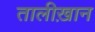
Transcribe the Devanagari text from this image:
तालीख़ान